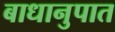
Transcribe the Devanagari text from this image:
बाधानुपात